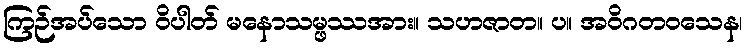
ကြဉ်အပ်သော ဝိပါတ် မနောသမ္ဖဿအား။ သဟဇာတ။ ပ။ အဝိဂတဝသေန၊